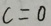
c = 0